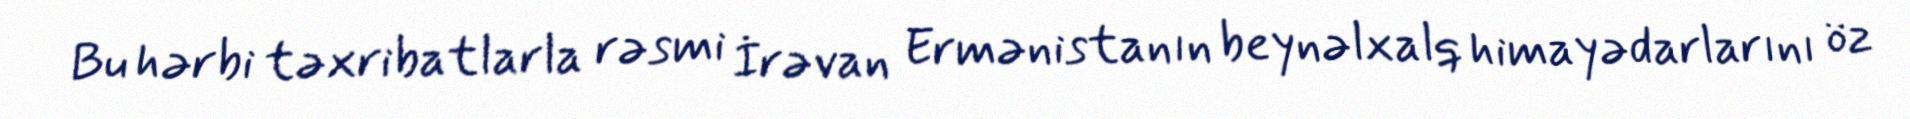
Bu hərbi təxribatlarla rəsmi İrəvan Ermənistanın beynəlxalq himayədarlarını öz